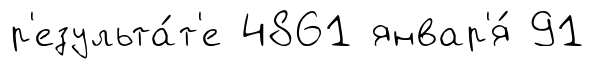
р'езульта́т'е 4861 январ'я́ 91